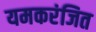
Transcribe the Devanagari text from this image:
यमकरंजित